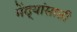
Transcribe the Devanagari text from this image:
मेंढ्यांसाठी